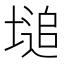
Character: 塠